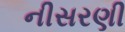
નીસરણી